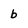
Character: b